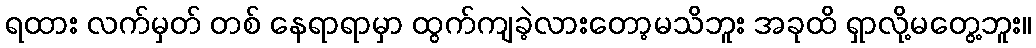
ရထား လက်မှတ် တစ် နေရာရာမှာ ထွက်ကျခဲ့လားတော့မသိဘူး အခုထိ ရှာလို့မတွေ့ဘူး။